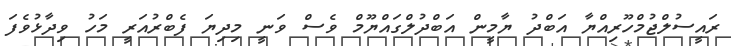
ރައީސުލްޖުމްހޫރިއްޔާ އަބްދު ޔާމީން އަބްދުލްގައްޔޫމް ވެސް ވަނީ މިދިޔަ ފެބްރުއަރީ މަހު ވިދާޅުވެފަ